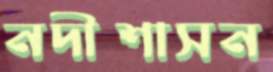
নদীশাসন